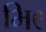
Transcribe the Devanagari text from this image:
भि९